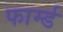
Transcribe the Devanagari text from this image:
फार्म्ड